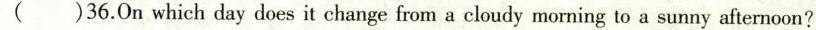
( )36.On which day does it change from a cloudy morning to a sunny afternoon?